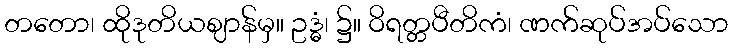
တတော၊ ထိုဒုတိယဈာန်မှ။ ဥဒ္ဓံ၊ ၌။ ဝိရတ္တပီတိကံ၊ ဏက်ဆုပ်အပ်သော